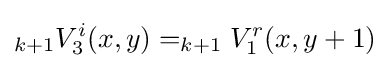
_{k+1}V_{3}^{i}(x,y)=_{k+1}V_{1}^{r}(x,y+1)